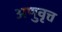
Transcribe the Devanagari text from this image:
अणुवृत्त